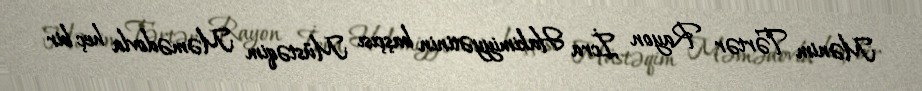
Mənim Tərtər Rayon İcra Hakimiyyətinin başçısı Müstəqim Məmədovla heç bir